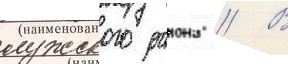
лужского раиона // В